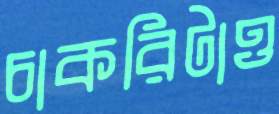
চাকরিটাও